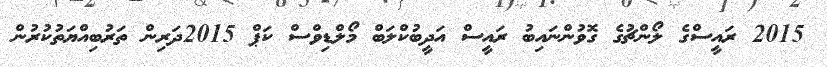
2015 ރައީސްގެ ލޯންޗުގެ ގޮވުންނައިބު ރައީސް އަދީބުކްލަބް މޯލްޑިވްސް ކަޕް 2015ދަރިން ތަރުބިއްޔަތުކުރުން